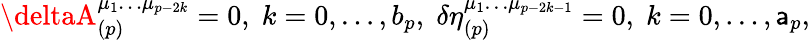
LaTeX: \deltaA_{(p)}^{\mu_{1}\ldots\mu_{p-2k}}=0,\; k=0,\ldots,b_{p},\; \delta\eta_{(p)}^{\mu_{1}\ldots\mu_{p-2k-1}}=0,\; k=0,\ldots,\mathsf{a}_{p},